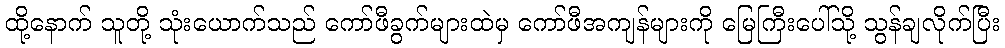
ထို့နောက် သူတို့ သုံးယောက်သည် ကော်ဖီခွက်များထဲမှ ကော်ဖီအကျန်များကို မြေကြီးပေါ်သို့ သွန်ချလိုက်ပြီး